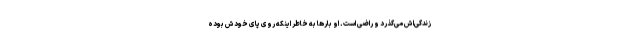
زندگی‌اش می‌گذرد و راضی است. او بارها به خاطر اینکه روی پای خودش بوده